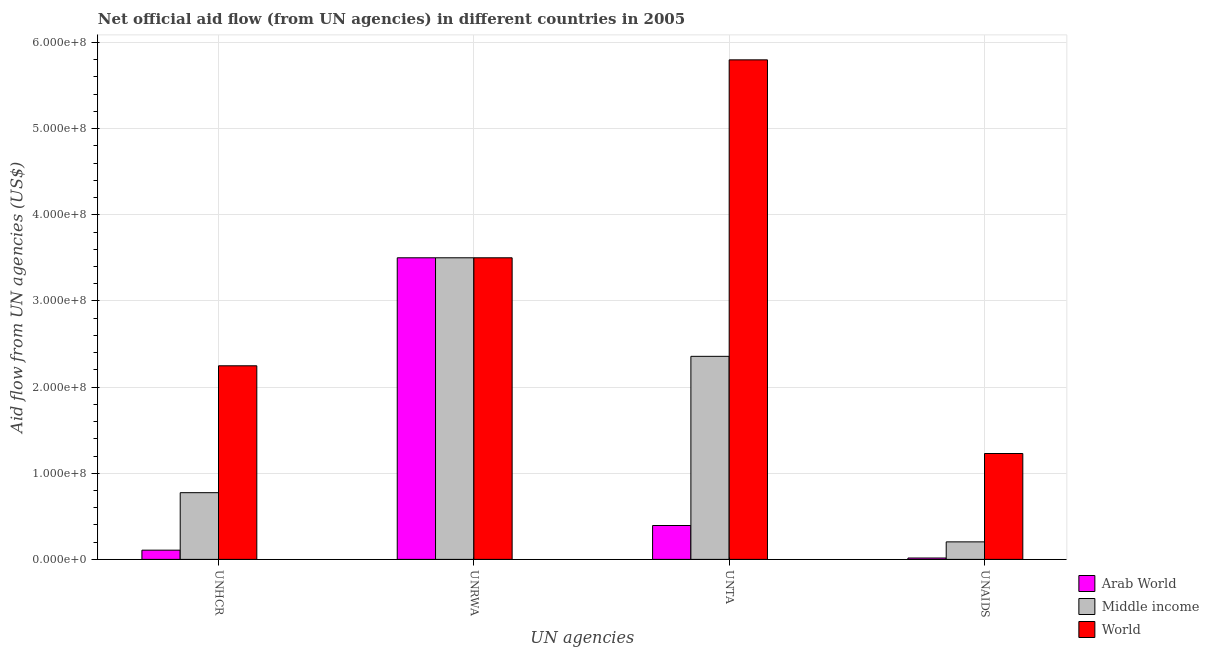
| UN agencies | Arab World | Middle income | World |
 | --- | --- | --- | --- |
 | UNHCR | 1.07e+07 | 7.74e+07 | 2.25e+08 |
 | UNRWA | 3.5e+08 | 3.5e+08 | 3.5e+08 |
 | UNTA | 3.93e+07 | 2.36e+08 | 5.8e+08 |
 | UNAIDS | 1.6e+06 | 2.03e+07 | 1.23e+08 |